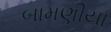
બામણીયા